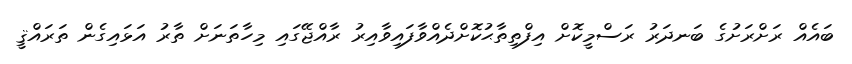
ބައެއް ރަށްރަށުގެ ބަނދަރު ރަސްމީކޮށް އިފްތިތާޙުކޮށްދެއްވާފައިވާއިރު ރާއްޖޭގައި މިހާތަނަށް ތާރު އަޅައިގެން ތަރައްޤީ